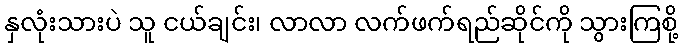
နှလုံးသားပဲ သူ ငယ်ချင်း၊ လာလာ လက်ဖက်ရည်ဆိုင်ကို သွားကြစို့